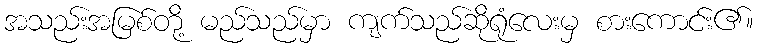
အသည်းအမြစ်တို့ မည်သည်မှာ ကျက်သည်ဆိုရုံလေးမှ စားကောင်း၏။